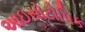
આઇસોટોપિક